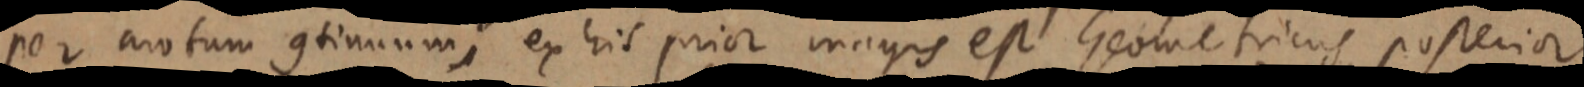
per motum continuum; ex his prior magis est Geometricus posterior